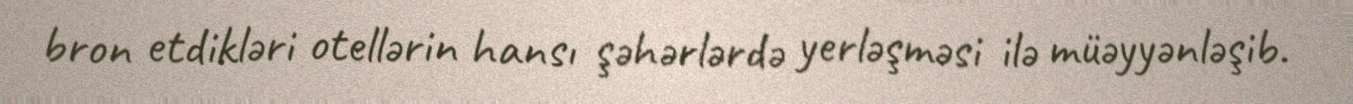
bron etdikləri otellərin hansı şəhərlərdə yerləşməsi ilə müəyyənləşib.